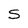
Character: S